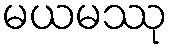
မယမဿု